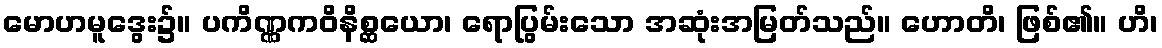
မောဟမူဒွေး၌။ ပကိဏ္ဏကဝိနိစ္ဆယော၊ ရောပြွမ်းသော အဆုံးအမြတ်သည်။ ဟောတိ၊ ဖြစ်၏။ ဟိ၊